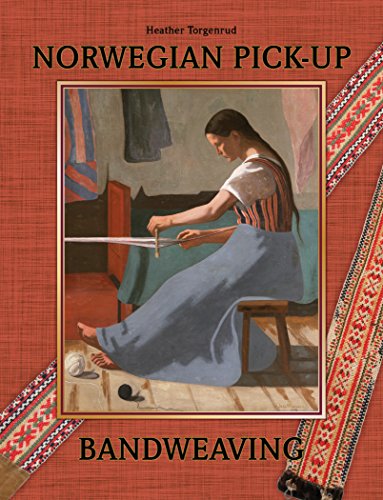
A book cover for Norwegian Pick-Up Bandweaving; Heather Torgenrud; Crafts, Hobbies & Home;